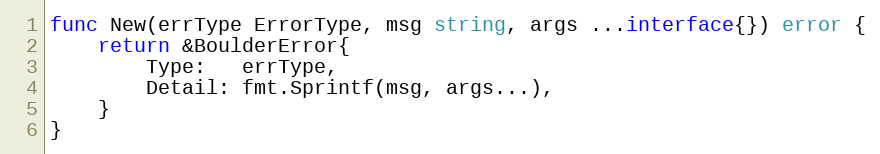
Language: Go
func New(errType ErrorType, msg string, args ...interface{}) error {
	return &BoulderError{
		Type:   errType,
		Detail: fmt.Sprintf(msg, args...),
	}
}